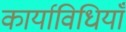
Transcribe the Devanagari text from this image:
कार्याविधियाँ